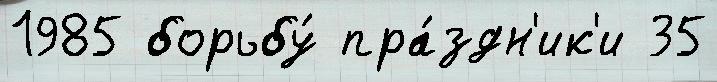
1985 борьбу́ пра́здн'ик'и 35